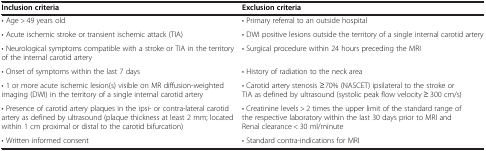
| Inclusion criteria | Exclusion criteria |
 | --- | --- |
 | • Age > 49 years old | • Primary referral to an outside hospital |
 | • Acute ischemic stroke or transient ischemic attack (TIA) | • DWI positive lesions outside the territory of a single internal carotid artery |
 | • Neurological symptoms compatible with a stroke or TIA in the territory of the internal carotid artery | • Surgical procedure within 24 hours preceding the MRI |
 | • Onset of symptoms within the last 7 days | • History of radiation to the neck area |
 | • 1 or more acute ischemic lesion(s) visible on MR diffusion-weighted imaging (DWI) in the territory of a single internal carotid artery | • Carotid artery stenosis ≥70% (NASCET) ipsilateral to the stroke or TIA as defined by ultrasound (systolic peak flow velocity ≥ 300 cm/s) |
 | • Presence of carotid artery plaques in the ipsi- or contra-lateral carotid artery as defined by ultrasound (plaque thickness at least 2 mm; located within 1 cm proximal or distal to the carotid bifurcation) | • Creatinine levels > 2 times the upper limit of the standard range of the respective laboratory within the last 30 days prior to MRI and Renal clearance < 30 ml/minute |
 | • Written informed consent | • Standard contra-indications for MRI |